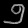
Digit: ၅